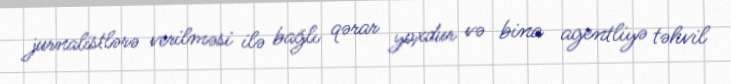
jurnalistlərə verilməsi ilə bağlı qərar yoxdur və bina agentliyə təhvil